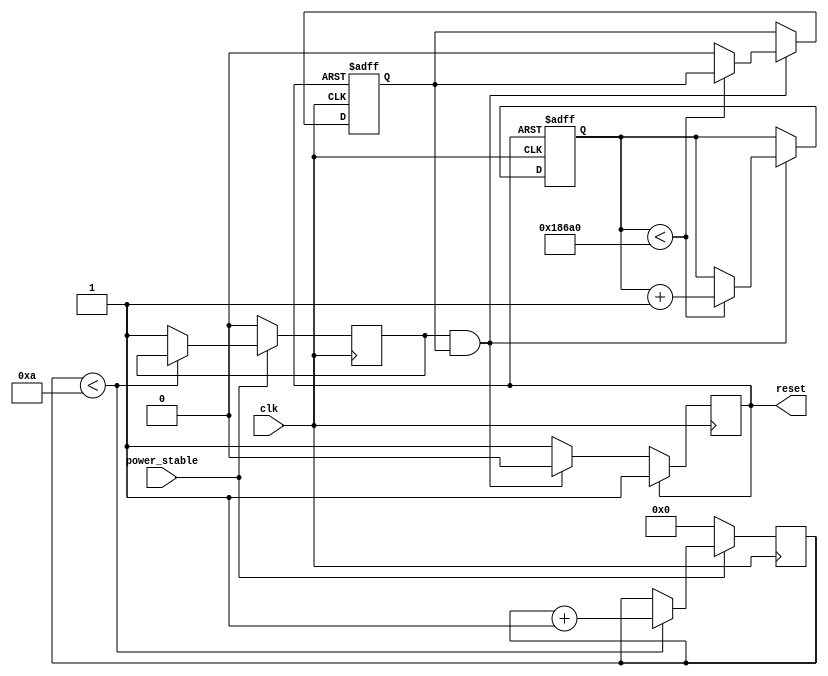
module PowerOnReset (
    input wire clk,            // System clock
    input wire power_stable,   // Signal indicating stable power
    output reg reset           // Reset signal output
);

// Parameters
parameter RESET_DURATION = 100_000; // Duration of the reset (in clock cycles)
parameter DEBOUNCE_COUNT = 10;       // Debounce counter threshold

// State variables
reg [31:0] counter;                  // Counter for reset duration
reg [3:0] debounce_counter;          // Debounce counter
reg power_detected;                  // Signal indicating power has stabilized
reg reset_active;                    // Indicates if reset is currently active

// Initial conditions
initial begin
    reset = 1'b1;                   // Start with reset active
    counter = 32'b0;                // Initialize counter
    debounce_counter = 4'b0;        // Initialize debounce counter
    power_detected = 1'b0;          // Initial power detected state
    reset_active = 1'b1;            // Reset is active at power on
end

// Debouncing logic
always @(posedge clk) begin
    if (power_stable) begin
        if (debounce_counter < DEBOUNCE_COUNT) begin
            debounce_counter <= debounce_counter + 1;
        end else begin
            power_detected <= 1'b1;  // Power is stable
        end
    end else begin
        debounce_counter <= 4'b0;    // Reset debounce counter on unstable power
        power_detected <= 1'b0;      // Power is not stable
    end
end

// Reset signal generation
always @(posedge clk or posedge reset) begin
    if (reset) begin
        reset_active <= 1'b1;        // Reset is active
        counter <= 32'b0;            // Reset counter
    end else if (power_detected && reset_active) begin
        if (counter < RESET_DURATION) begin
            counter <= counter + 1;  // Count until reset duration expires
        end else begin
            reset_active <= 1'b0;     // Release reset
            reset <= 1'b0;            // Deactivate reset signal
        end
    end else begin
        reset <= 1'b1;                // Keep reset active if not stable
    end
end

endmodule